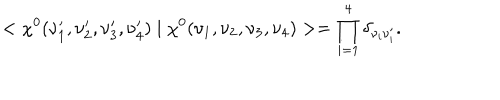
< \chi ^ { 0 } ( \nu _ { 1 } ^ { \prime } , \nu _ { 2 } ^ { \prime } , \nu _ { 3 } ^ { \prime } , \nu _ { 4 } ^ { \prime } ) \mid \chi ^ { 0 } ( \nu _ { 1 } , \nu _ { 2 } , \nu _ { 3 } , \nu _ { 4 } ) > = \prod _ { i = 1 } ^ { 4 } \delta _ { \nu _ { i } \nu _ { i } ^ { \prime } } .